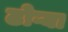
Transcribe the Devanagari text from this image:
ढोऱ्या